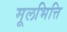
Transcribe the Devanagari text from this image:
मूलभित्ति